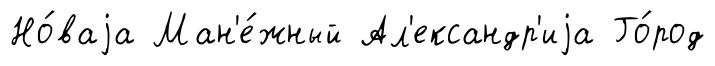
Но́ваjа Ман'е́жный Ал'ександр'иjа Го́род